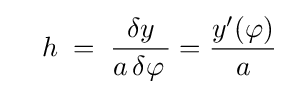
\quad h\;=\;{\dfrac {\delta y}{a\,\delta \varphi \,}}={\dfrac {y'(\varphi )}{a}}